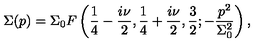
\Sigma ( p ) = \Sigma _ { 0 } F \left( { \frac { 1 } { 4 } } - { \frac { i \nu } { 2 } } , { \frac { 1 } { 4 } } + { \frac { i \nu } { 2 } } , { \frac { 3 } { 2 } } ; - \frac { p ^ { 2 } } { \Sigma _ { 0 } ^ { 2 } } \right) ,